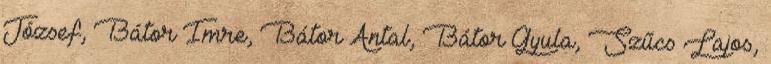
József, Bátor Imre, Bátor Antal, Bátor Gyula, Szűcs Lajos,